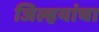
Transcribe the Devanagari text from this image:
जिल्हयांचा